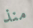
منذ